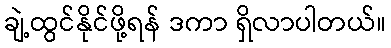
ချဲ့ထွင်နိုင်ဖို့ရန် ဒကာ ရှိလာပါတယ်။